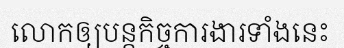
លោកឲ្យបន្តកិច្ចការងារទាំងនេះ